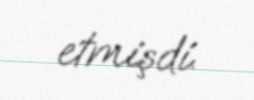
etmişdi.